Manual of vaccination for the United Provinces of Agra and Oudh -
Year: 1903
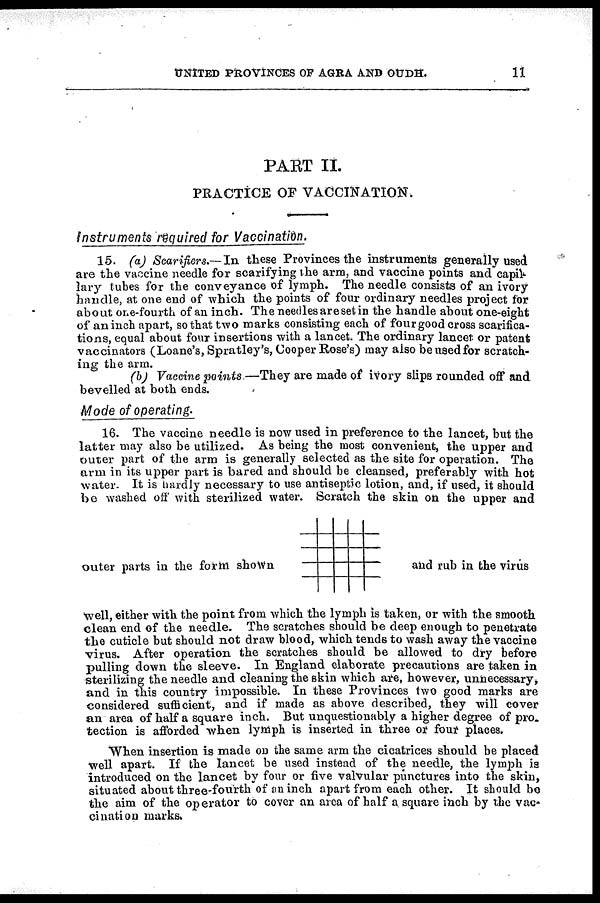
UNITED PROVINCES OF AGRA AND OUDH.
11
PART II.
PRACTICE OF VACCINATION.
Instruments required for Vaccination.
15. (a) Scarifiers.— In these Provinces the instruments generally used
are the vaccine needle for scarifying the arm, and vaccine points and capil-
lary tubes for the conveyance of lymph. The needle consists of an ivory
handle, at one end of which the points of four ordinary needles project for
about one-fourth of an inch. The needles are set in the handle about one-eight
of an inch apart, so that two marks consisting each of four good cross scarifica-
tions, equal about four insertions with a lancet. The ordinary lancer or patent
vaccinators (Loane's, Spratley's, Cooper Rose's) may also be used for scratch-
ing the arm.
(b) Vaccine points —They are made of ivory slips rounded off and
bevelled at both ends.
Mode of operating.
16. The vaccine needle is now used in preference to the lancet, but the
latter may also be utilized. As being the most convenient, the upper and
outer part of the arm is generally selected as the site for operation. The
arm in its upper part is bared and should be cleansed, preferably with hot
water. It is hardly necessary to use antiseptic lotion, and, if used, it should
be washed off with sterilized water. Scratch the skin on the upper and
well, either with the point from which the lymph is taken, or with the smooth
clean end of the needle. The scratches should be deep enough to penetrate
the cuticle but should not draw blood, which tends to wash away the vaccine
virus. After operation the scratches should be allowed to dry before
pulling down the sleeve. In England elaborate precautions are taken in
sterilizing the needle and cleaning the skin which are, however, unnecessary,
and in this country impossible. In these Provinces two good marks are
considered sufficient, and if made as above described, they will cover
an area of half a square inch. But unquestionably a higher degree of pro.
tection is afforded when lymph is inserted in three or four places.
When insertion is made on the same arm the cicatrices should be placed
well apart. If the lancet be used instead of the needle, the lymph is
introduced on the lancet by four or five valvular punctures into the skin,
situated about three-fourth of an inch apart from each other. It should be
the aim of the operator to cover an area of half a square inch by the vac-
cination marks.